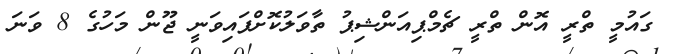
ގައުމީ ތްރީ އޮން ތްރީ ޗެމްޕިއަންޝިޕު ތާވަލުކޮށްފައިވަނީ ޖޫން މަހުގެ 8 ވަނަ